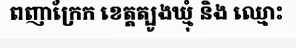
ពញាក្រែក ខេត្តត្បូងឃ្មុំ និង ឈ្មោះ